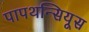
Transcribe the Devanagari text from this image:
पापथन्सियूस